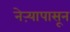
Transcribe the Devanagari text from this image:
नेऱ्यापासून